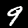
Digit: 9